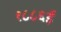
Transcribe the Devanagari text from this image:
१८८६ई